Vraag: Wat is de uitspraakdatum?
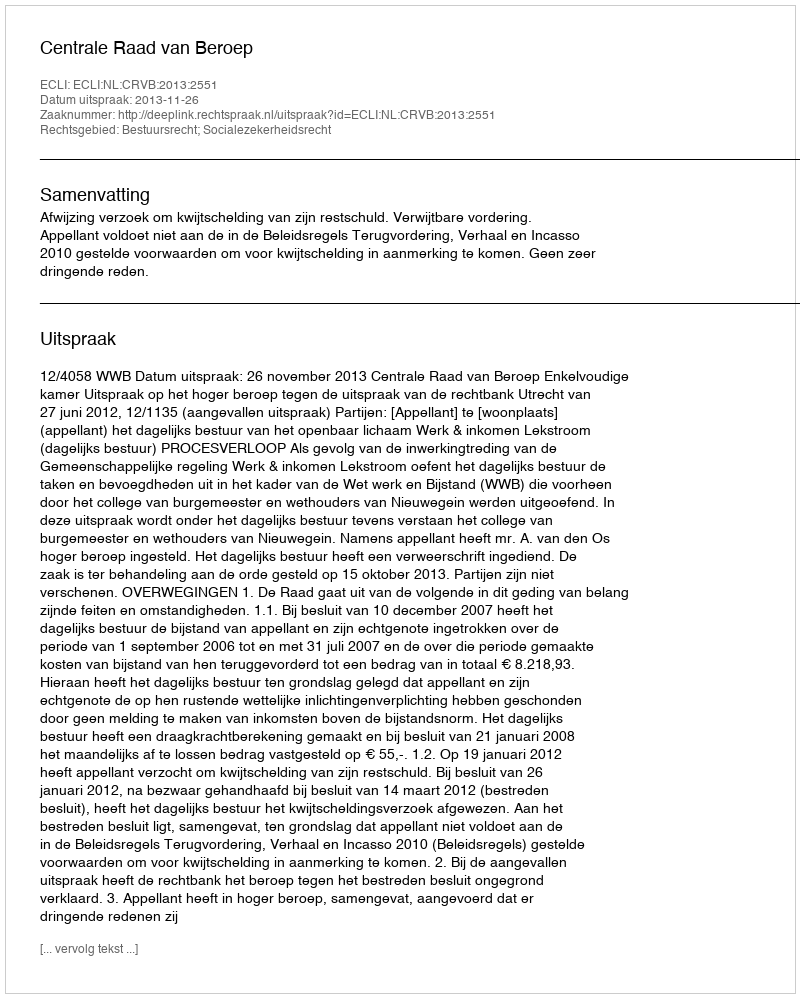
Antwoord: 2013-11-26